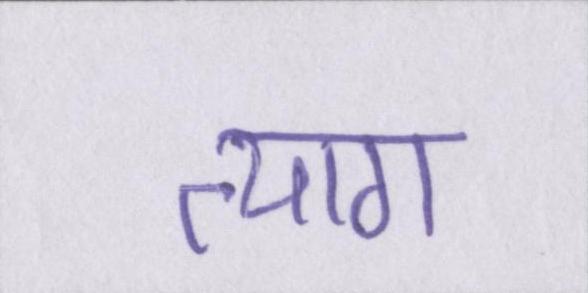
त्याग